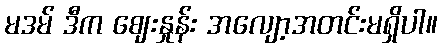
မဒမ် ဒီက ဈေးနှုန်း အလျော့အတင်းမရှိပါ။